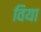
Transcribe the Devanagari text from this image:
विया